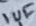
Text: 1uF